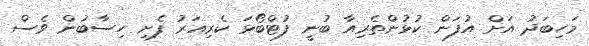
މަހިބަދު އަށް އުފަން ކުޅުންތެރިއާ ބުނީ ފުޓްބޯޅަ ކެރިއަރު ފެށި ހިސާބުން ވެސް